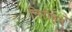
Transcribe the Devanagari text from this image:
निरीहम्